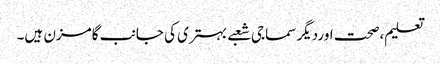
تعلیم،صحت اوردیگر سماجی شعبے بہتری کی جانب گامزن ہیں۔